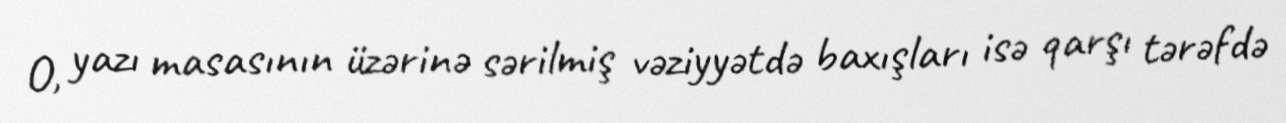
O, yazı masasının üzərinə sərilmiş vəziyyətdə baxışları isə qarşı tərəfdə